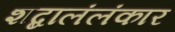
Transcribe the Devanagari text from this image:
शब्दालंलंकार